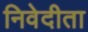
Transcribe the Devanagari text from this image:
निवेदीता